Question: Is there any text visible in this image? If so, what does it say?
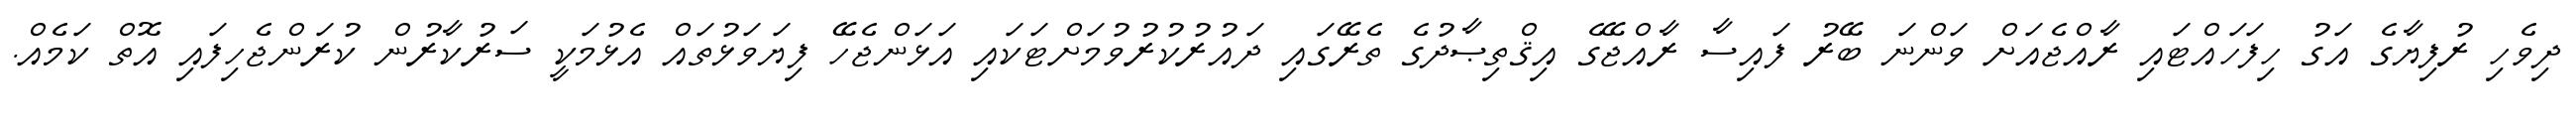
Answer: ދިވެހި ރުފިޔާގެ އަގު ހިފަހައްޓައި ރާއްޖެއަށް ވަންނަ ބޭރު ފައިސާ ރާއްޖޭގެ އިޤްތިޞާދުގެ ތެރޭގައި ދައުރުކުރުވުމަށްޓަކައި އަޅަންޖެހޭ ފިޔަވަޅުތައް އެޅުމަކީ ސަރުކާރުން ކުރަންޖެހިފައި އޮތް ކަމެއް.